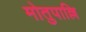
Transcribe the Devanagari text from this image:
मोतुपाल्लि